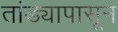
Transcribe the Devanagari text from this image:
तांड्यापासून